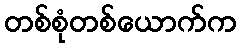
တစ်စုံတစ်ယောက်က